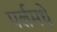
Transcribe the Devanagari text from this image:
पर्लमधे